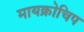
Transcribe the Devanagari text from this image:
मायक्रोचिप